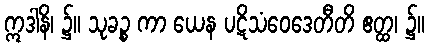
ဣဒါနိ၊ ၌။ သုခဉ္စ ကာ ယေန ပဋိသံဝေဒေတီတိ ဧတ္ထ၊ ၌။